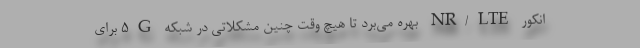
انکور NR/LTE بهره می‌برد تا هیچ وقت چنین مشکلاتی در شبکه 5G برای